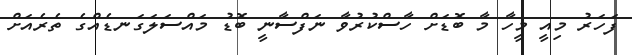
ފަހަރު މިއީ މީހާ މާ ބޮޑަށް ހާސްކުރުވާ ނަފްސާނީ ބޮޑު މައްސަލަގަނޑެއްގެ ތެރެއަށް